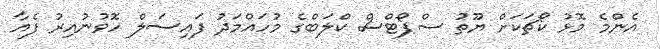
އެންމެ މޮޅު ކޯޗަކަށް ޔޫތު ސްޕޯޓްސް ކްލަބްގެ މުހައްމަދު ފައިސަލް ހޮވުނުއިރު ފެއާ